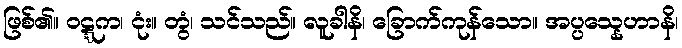
ဖြစ်၏။ ဝဋ္ဋက၊ ငုံး။ တွံ၊ သင်သည်။ လူခါနိ၊ ခြောက်ကုန်သော။ အပ္ပသ္နေဟာနိ၊